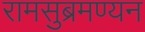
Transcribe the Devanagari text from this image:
रामसुब्रमण्यन